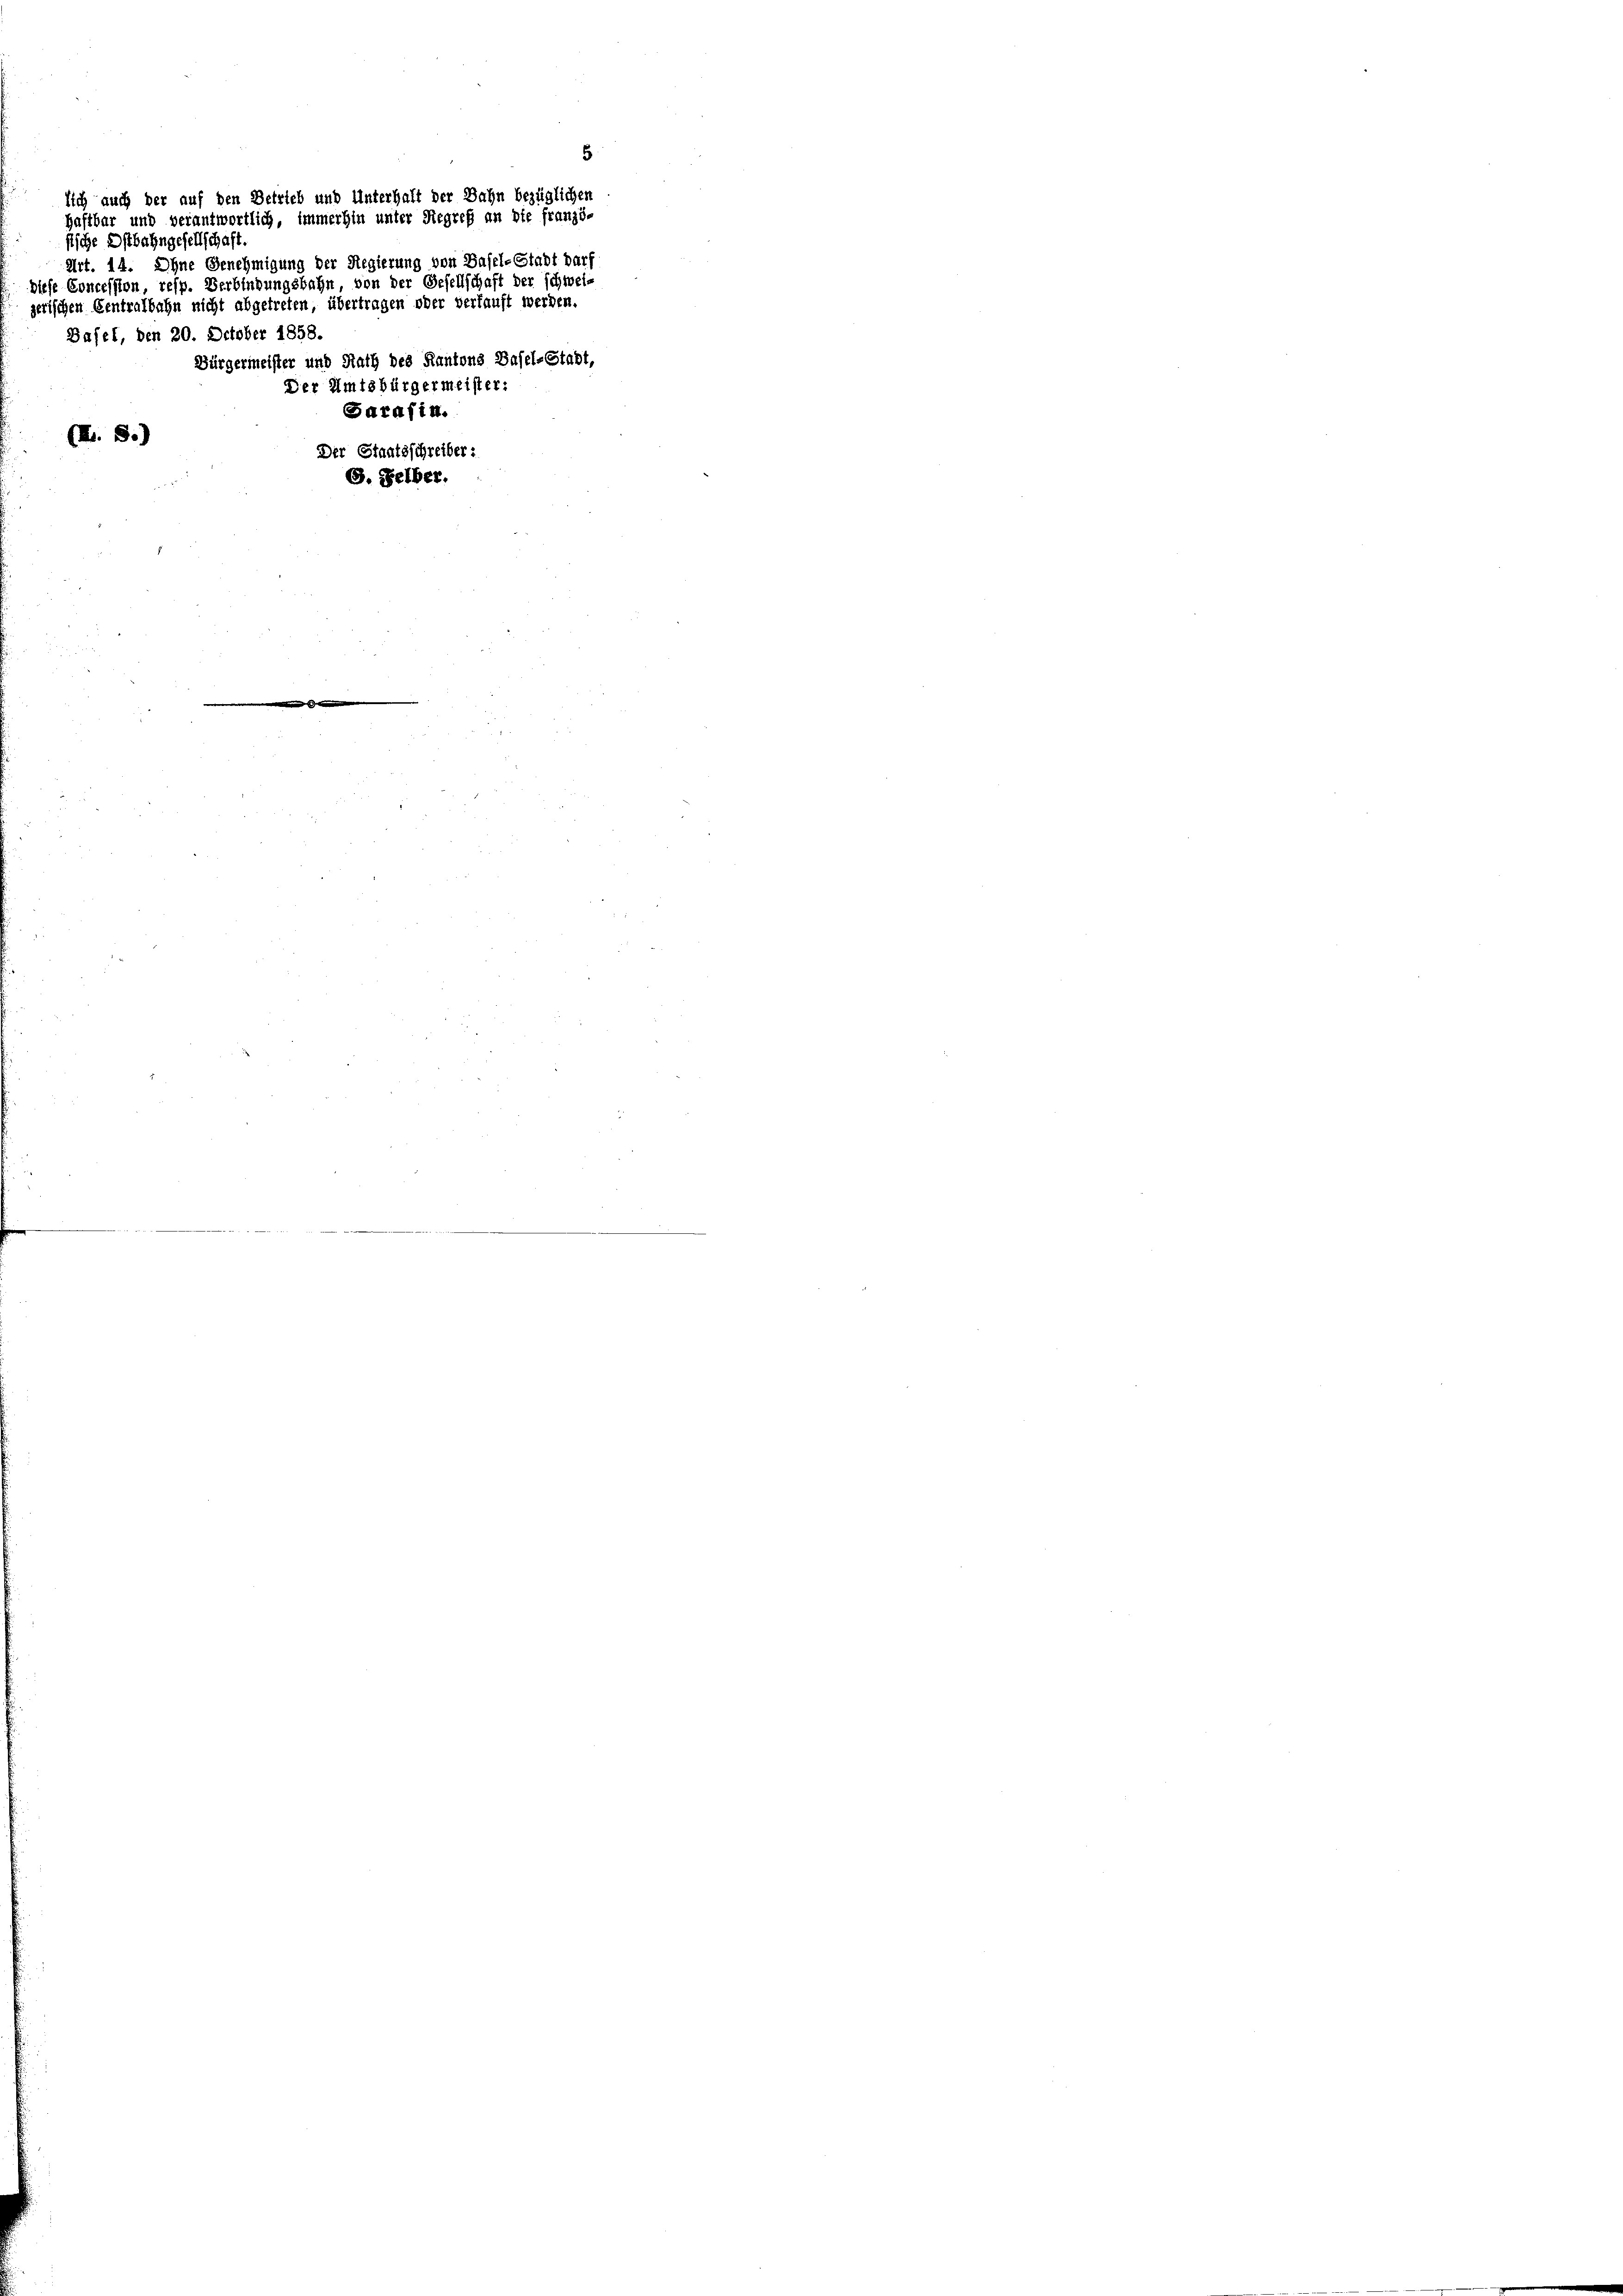
5
lich auch der auf den Betrieb und Unterhalt der Bahn bezüglichen
Haftbar und verantwortlich, immerhin unter Regreß an die franzöfische Ostbahngesellschaft.
Art. 14. Ohne Genehmigung der Regierung von Basel-Stadt darf
diese Concession, resp. Verbindungsbahn, von der Gesellschaft der schwei-
jetischen Centralbahn nicht abgetreten, übertragen oder verkauft werden.
Basel, den 20. October 1858.
Bürgermeister und Rath des Kantons Basel-Stadt,
Der Amtsbürgermeister:
Sarafin.

Der Staatsschreiber:
S. Selber.

(XI. S.)